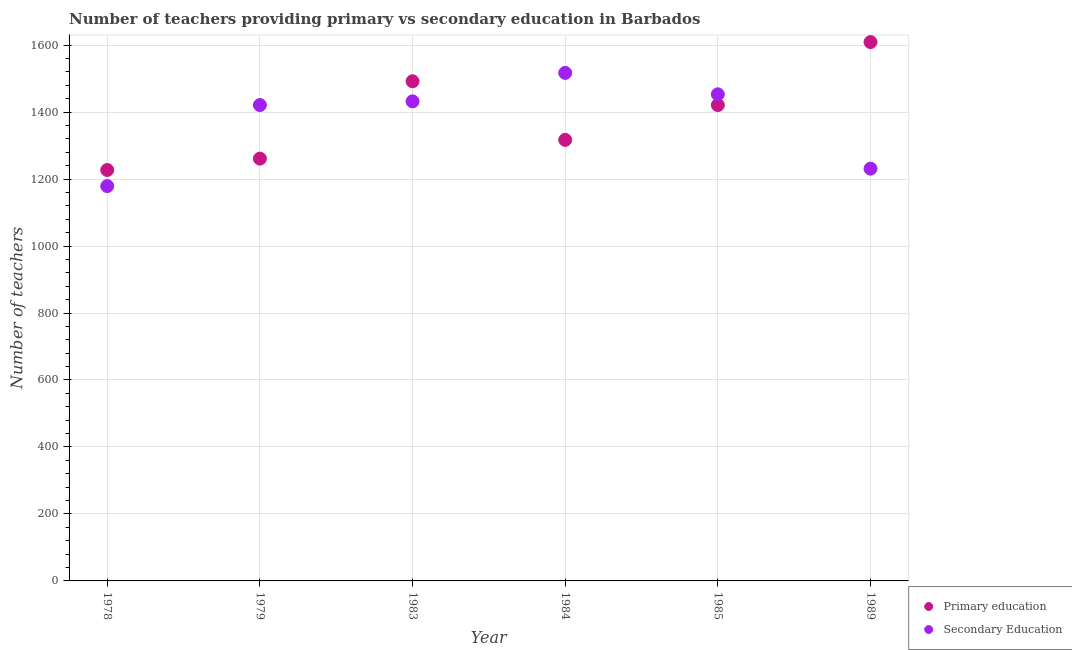
| Year | Primary education | Secondary Education |
 | --- | --- | --- |
 | 1978 | 1.23e+03 | 1.18e+03 |
 | 1979 | 1.26e+03 | 1.42e+03 |
 | 1983 | 1.49e+03 | 1.43e+03 |
 | 1984 | 1.32e+03 | 1.52e+03 |
 | 1985 | 1.42e+03 | 1.45e+03 |
 | 1989 | 1.61e+03 | 1.23e+03 |